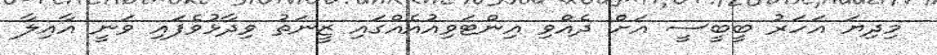
މިދިޔަ އަހަރު ބީބީސީ އަށް ދެއްވި އިންޓަވިއުއެއްގައި ޒީނަތު ވިދާޅުވެފައި ވަނީ އާއިލާ